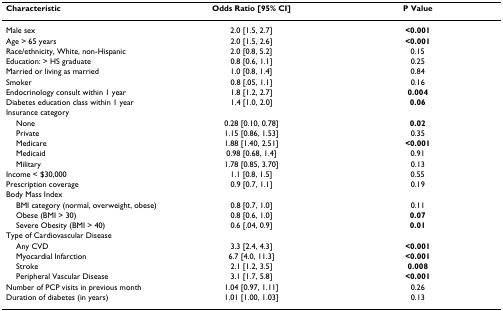
<table><thead><tr><td><b>Characteristic</b></td><td><b>Odds Ratio [95% CI]</b></td><td><b>P Value</b></td></tr></thead><tbody><tr><td>Male sex</td><td>2.0 [1.5, 2.7]</td><td><b>&lt;0.001</b></td></tr><tr><td>Age &gt; 65 years</td><td>2.0 [1.5, 2.6]</td><td><b>&lt;0.001</b></td></tr><tr><td>Race/ethnicity, White, non-Hispanic</td><td>2.0 [0.8, 5.2]</td><td>0.15</td></tr><tr><td>Education: &gt; HS graduate</td><td>0.8 [0.6, 1.1]</td><td>0.25</td></tr><tr><td>Married or living as married</td><td>1.0 [0.8, 1.4]</td><td>0.84</td></tr><tr><td>Smoker</td><td>0.8 [.05, 1.1]</td><td>0.16</td></tr><tr><td>Endocrinology consult within 1 year</td><td>1.8 [1.2, 2.7]</td><td><b>0.004</b></td></tr><tr><td>Diabetes education class within 1 year</td><td>1.4 [1.0, 2.0]</td><td><b>0.06</b></td></tr><tr><td>Insurance category</td><td></td><td></td></tr><tr><td> None</td><td>0.28 [0.10, 0.78]</td><td><b>0.02</b></td></tr><tr><td> Private</td><td>1.15 [0.86, 1.53]</td><td>0.35</td></tr><tr><td> Medicare</td><td>1.88 [1.40, 2.51]</td><td><b>&lt;0.001</b></td></tr><tr><td> Medicaid</td><td>0.98 [0.68, 1.4]</td><td>0.91</td></tr><tr><td> Military</td><td>1.78 [0.85, 3.70]</td><td>0.13</td></tr><tr><td>Income &lt; $30,000</td><td>1.1 [0.8, 1.5]</td><td>0.55</td></tr><tr><td>Prescription coverage</td><td>0.9 [0.7, 1.1]</td><td>0.19</td></tr><tr><td>Body Mass Index</td><td></td><td></td></tr><tr><td> BMI category (normal, overweight, obese)</td><td>0.8 [0.7, 1.0]</td><td>0.11</td></tr><tr><td> Obese (BMI &gt; 30)</td><td>0.8 [0.6, 1.0]</td><td><b>0.07</b></td></tr><tr><td> Severe Obesity (BMI &gt; 40)</td><td>0.6 [.04, 0.9]</td><td><b>0.01</b></td></tr><tr><td>Type of Cardiovascular Disease</td><td></td><td></td></tr><tr><td> Any CVD</td><td>3.3 [2.4, 4.3]</td><td><b>&lt;0.001</b></td></tr><tr><td> Myocardial Infarction</td><td>6.7 [4.0, 11.3]</td><td><b>&lt;0.001</b></td></tr><tr><td> Stroke</td><td>2.1 [1.2, 3.5]</td><td><b>0.008</b></td></tr><tr><td> Peripheral Vascular Disease</td><td>3.1 [1.7, 5.8]</td><td><b>&lt;0.001</b></td></tr><tr><td>Number of PCP visits in previous month</td><td>1.04 [0.97, 1.11]</td><td>0.26</td></tr><tr><td>Duration of diabetes (in years)</td><td>1.01 [1.00, 1.03]</td><td>0.13</td></tr></tbody></table>